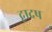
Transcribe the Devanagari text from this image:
द्वादष